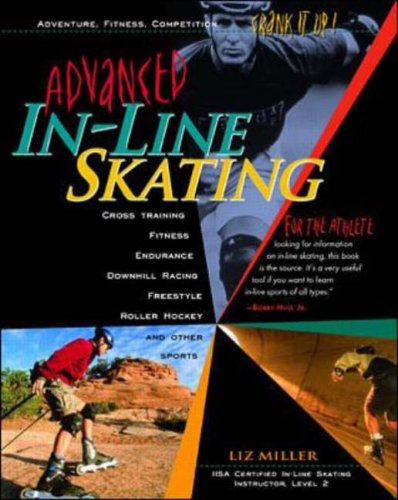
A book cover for Advanced In-Line Skating; Liz Miller; Sports & Outdoors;